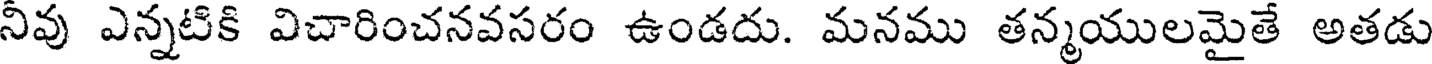
నీవు ఎన్నటికి విచారించనవసరం ఉండదు. మనము తన్మయులమైతే అతడు